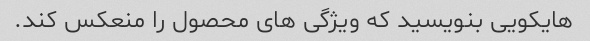
هایکویی بنویسید که ویژگی های محصول را منعکس کند.